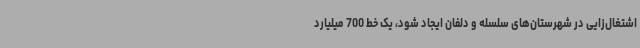
اشتغال‌زایی در شهرستان‌های سلسله و دلفان ایجاد شود، یک خط 700 میلیارد